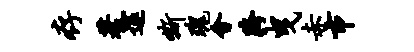
存蓍邃嘶瑰会胯曳赤市